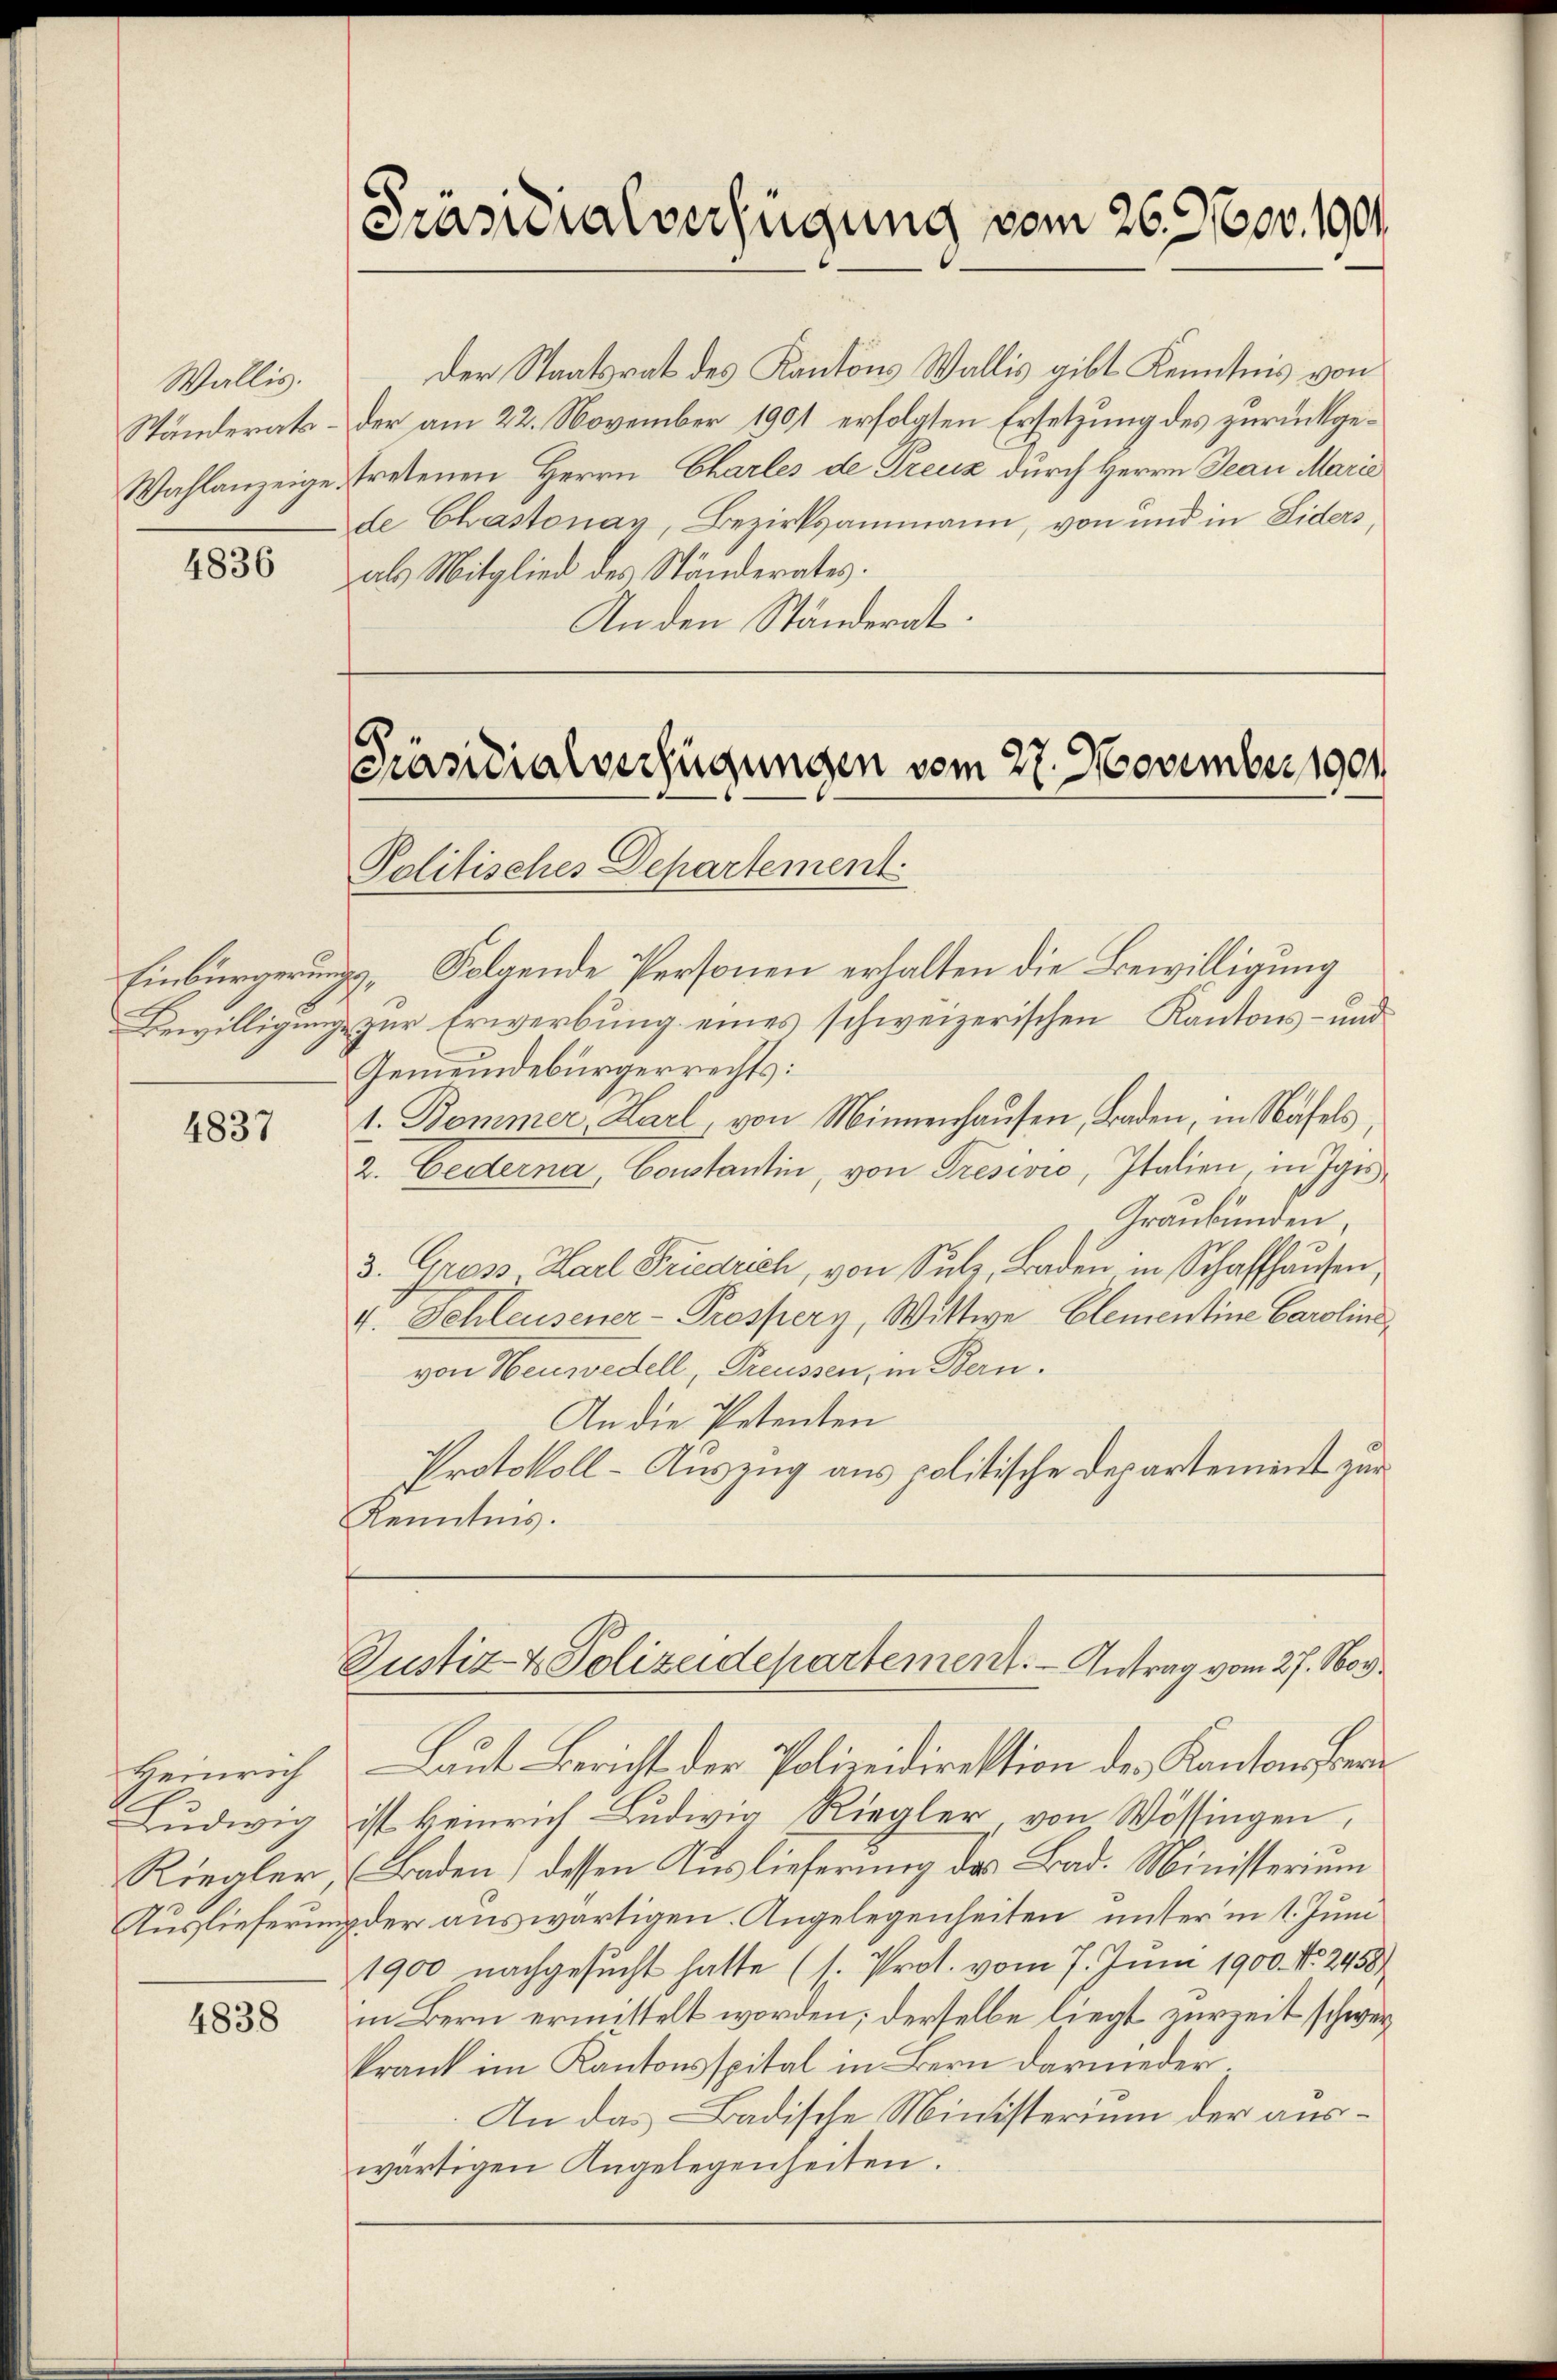
Wallis.
Ständerats¬

4836

Einbürgerung

4837

Heinrich
Ludwig
Riegler

4838

Der Staatsrat des Kantons Wallis gibt Kenntnis von
der am 22. November 1901 erfolgten Ersetzung des zurückge¬
Wahlanzeige, tretenen Herrn Charles de Treuz durch Herrn Jean Marie
de Chastonay, Bezirksammann, von und in Liders,
als Mitglied des Ständerates.
An den Ständerat.

[Präsidialverfügung vom 26. 3600. 1901.

Präsidialverfügungen vom 27. November 1901
Politisches Departement

Folgende Personen erhalten die Bewilligung
.
Bewilligung zur Erwerbung eines schweizerischen Kantons- und
Gemeindebürgerrechts:
1. Bommer Karl von Minnenhausen, Baden, in Näfels,
2. Cederna, Constantin, von Tresivio, Italien in Igis,
Graubünden,
3. Gross, Karl Friedrich, von Sulz, Baden in Schaffhausen,
v. Schleusener-Prospery, Wittwe Elementine Caroline
von Neuzedell, Preussen, in Bern.
An die Petenten
Protokoll-Auszug aus politische Departement zur
Kenntnis.

Justiz- & Polizeidepartement. - Antrag vom 27. Nov.

Laut Bericht der Polizeidirektion des Kantonsfreie
ist Heinrich Ludwig Riegler von Wössingen,
Baden) dessen Auslieferung des Bad. Ministerium
Auslieferung der auswärtigen. Angelegenheiten, unter in 1. Juni
1900 nachgesucht hatte (s. Prot. vom 7. Juni 1900. No 2458
in Bern ermittelt worden; derselbe liegt zurZeit schwerkrank im Kantonsspital in Bern darnieder¬
An das Badische Ministerium der auswärtigen Angelegenheiten.